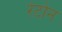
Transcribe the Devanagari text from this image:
रेटोन